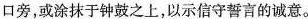
口旁，或涂抹于钟鼓之上，以示信守誓言的诚意。